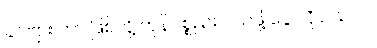
ခင်ဗျား ဘာ ဖြစ်လို့ ကုန်ပစ္စည်း ဝယ်ဖို့ ငွေ လိုပါသလဲ။